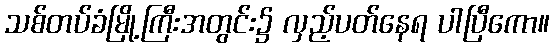
သစ်တပ်ခံမြို့ကြီးအတွင်း၌ လှည့်ပတ်နေရ ပါပြီကော။